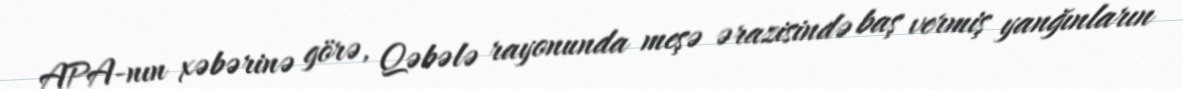
APA-nın xəbərinə görə, Qəbələ rayonunda meşə ərazisində baş vermiş yanğınların